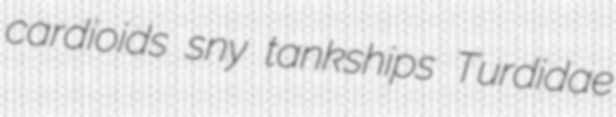
cardioids sny tankships Turdidae